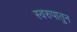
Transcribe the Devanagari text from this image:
स्वरुपातुन